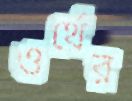
ওর্থের